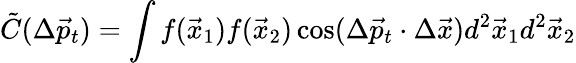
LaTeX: \tilde{C}(\Delta\vec{p}_{t})=\int f(\vec{x}_{1})f(\vec{x}_{2})\cos(\Delta\vec{p}_{t}\cdot\Delta\vec{x})d^{2}\vec{x}_{1}d^{2}\vec{x}_{2}